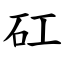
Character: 矼